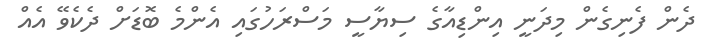
ދެން ފެނިގެން މިދަނީ އިންޑިއާގެ ސިޔާސީ މަސްރަހުގައި އެންމެ ބޮޑަށް ދެކެވޭ އެއް